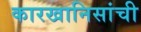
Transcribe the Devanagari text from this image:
कारखानिसांची